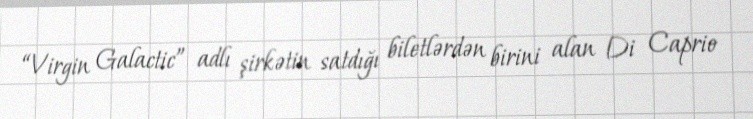
“Virgin Galactic” adlı şirkətin satdığı biletlərdən birini alan Di Caprio